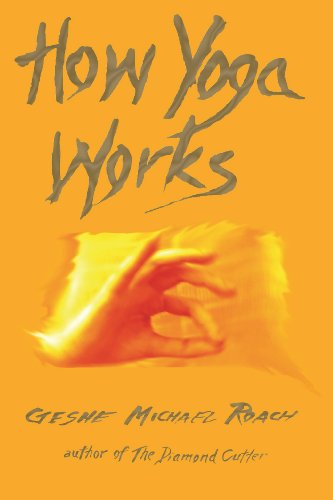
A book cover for How Yoga Works; Michael Roach; Health, Fitness & Dieting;